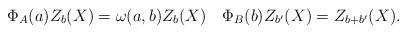
LaTeX: \begin{align*}\Phi_A(a)Z_b(X) = \omega(a,b)Z_b(X)\quad\Phi_B(b)Z_{b'}(X) = Z_{b+b'}(X) .\end{align*}